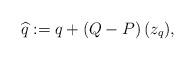
LaTeX: \begin{align*} \widehat q:=q+\left(Q- P\right)(z_q), \end{align*}